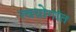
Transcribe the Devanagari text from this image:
त्वग्रोगांत